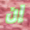
إن